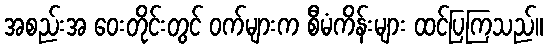
အစည်းအ ဝေးတိုင်းတွင် ဝက်များက စီမံကိန်းများ ထင်ပြကြသည်။